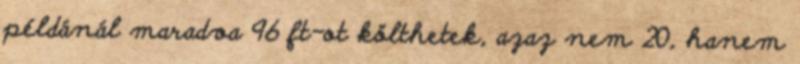
példánál maradva 96 ft-ot költhetek, azaz nem 20, hanem